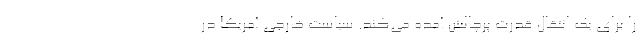
را برای یک انتقال قدرت پرچالش آمده می‌کند. سیاست خارجی آمریکا در